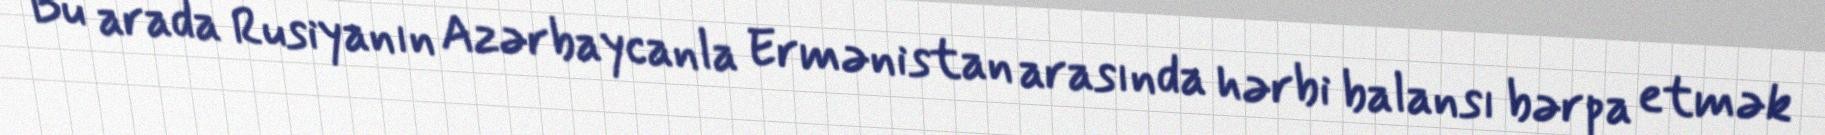
Bu arada Rusiyanın Azərbaycanla Ermənistan arasında hərbi balansı bərpa etmək